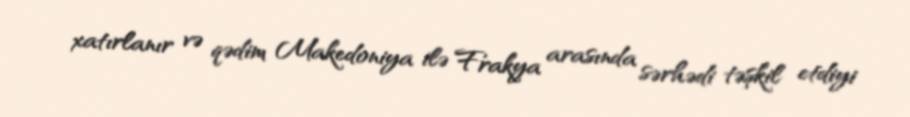
xatırlanır və qədim Makedoniya ilə Frakya arasında sərhədi təşkil etdiyi